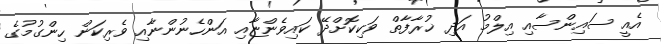
އެއީ ސައިންސާއި އިލްމު އަދި ޚުރާފާތް ވަކިކޮށްދޭ ކައިވެންޏާއި އަންހެނުންނާއި ވެރިކަން ހިންގުމުގެ